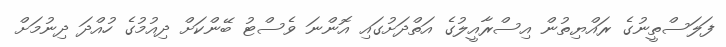
ފަލަސްތީނުގެ ރައްޔިތުން އިސްރާއީލުގެ އަތްދަށުގައި އޮންނަ ވެސްޓު ބޭންކަށް ދިއުމުގެ ހުއްދަ ދިނުމަށް